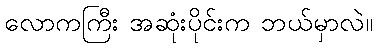
လောကကြီး အဆုံးပိုင်းက ဘယ်မှာလဲ။